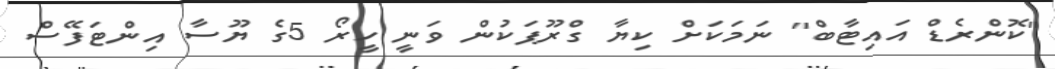
"ކޮންރެޑް އައިޓާބް" ނަމަކަށް ކިޔާ ގްރޫޕަކުން ވަނީ ހީރޯ 5ގެ ޔޫސާ އިންޓަފޭސް